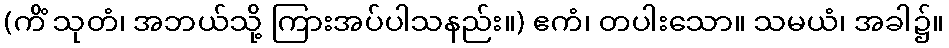
(ကိံ သုတံ၊ အဘယ်သို့ ကြားအပ်ပါသနည်း။) ဧကံ၊ တပါးသော။ သမယံ၊ အခါ၌။